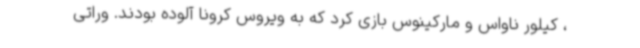
، کیلور ناواس و مارکینوس بازی کرد که به ویروس کرونا آلوده بودند. وراتی